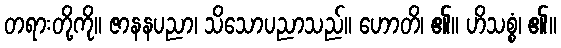
တရားတို့ကို။ ဇာနနပညာ၊ သိသောပညာသည်။ ဟောတိ၊ ၏။ ဟိသစ္စံ၊ ၏။